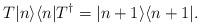
LaTeX: \begin{align*}T |n\rangle \langle n| T^\dagger = |n + 1 \rangle \langle n + 1|.\end{align*}